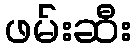
ဖမ်းဆီး